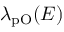
\lambda _ { \mathrm { p O } } ( E )